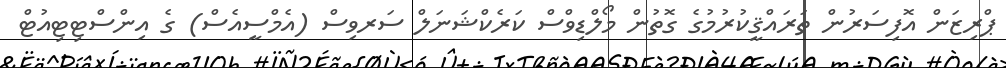
ޕްރިޒަން އޮފިސަރުން ތަރައްޤީކުރުމުގެ ގޮތުން މޯލްޑިވްސް ކަރެކްޝަނަލް ސަރވިސް (އެމްސީއެސް) ގެ އިންސްޓިޓިއުޓް